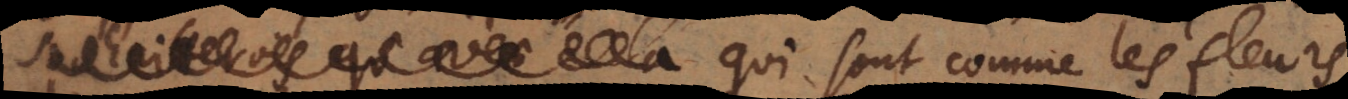
souhaiterois qu’avec cela qui sont comme les fleurs